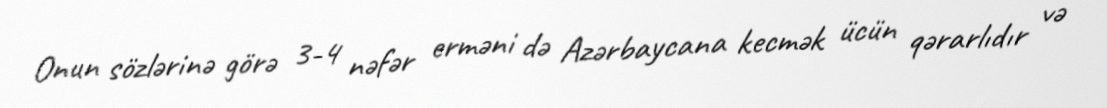
Onun sözlərinə görə 3-4 nəfər erməni də Azərbaycana kecmək ücün qərarlıdır və